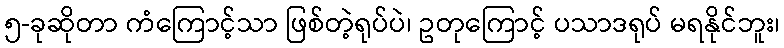
၅-ခုဆိုတာ ကံကြောင့်သာ ဖြစ်တဲ့ရုပ်ပဲ၊ ဥတုကြောင့် ပသာဒရုပ် မရနိုင်ဘူး၊